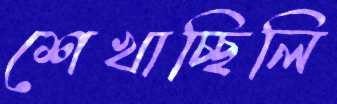
শেখাচ্ছিলি